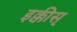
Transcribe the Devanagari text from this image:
इक्कीस्